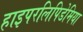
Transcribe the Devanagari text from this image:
हाइपरलिपिडेमिया